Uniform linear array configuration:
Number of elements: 12
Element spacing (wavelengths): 0.25
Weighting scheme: binomial
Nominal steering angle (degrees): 15
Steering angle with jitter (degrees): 16.445
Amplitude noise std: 0.05
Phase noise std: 0.05

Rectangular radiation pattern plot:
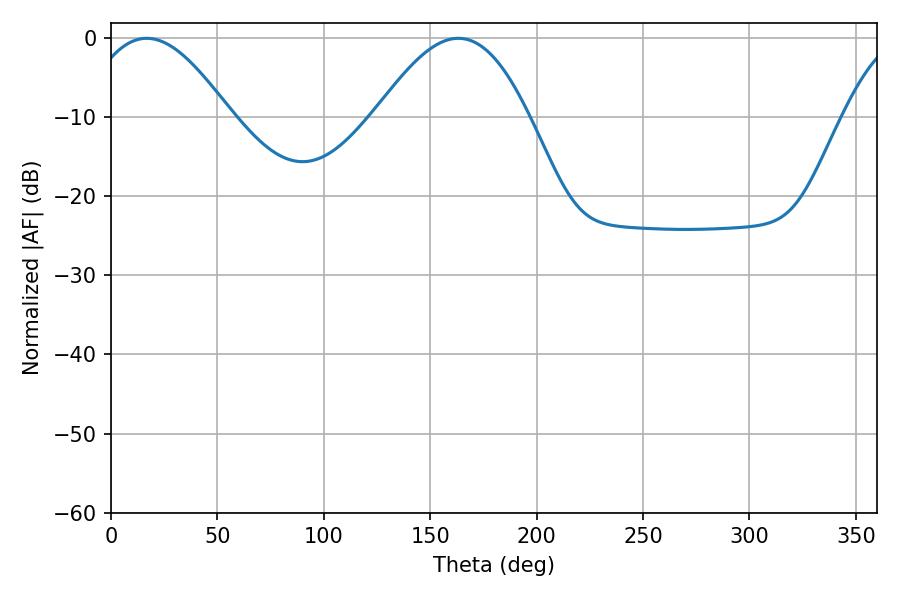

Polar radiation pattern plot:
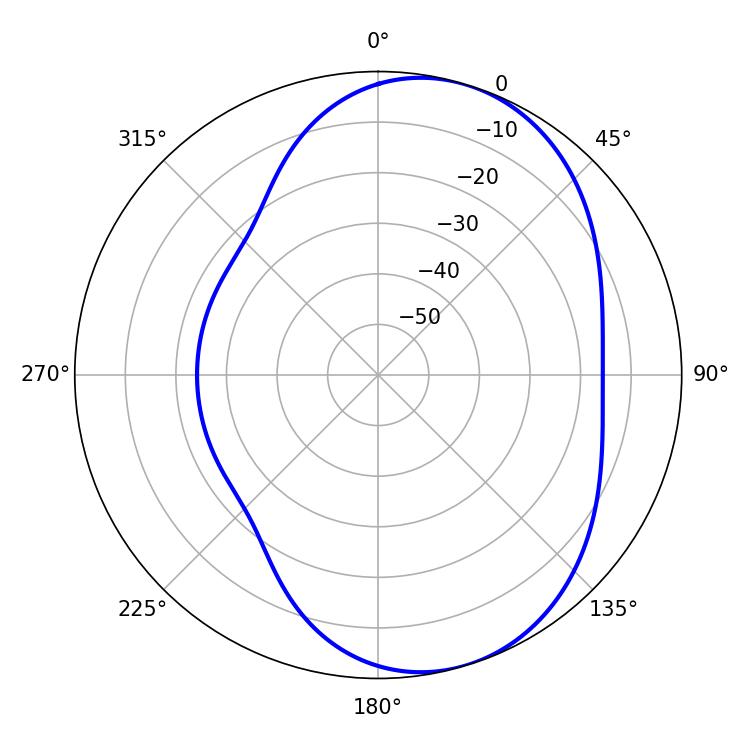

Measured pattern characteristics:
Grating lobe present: FALSE
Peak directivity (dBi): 6.2
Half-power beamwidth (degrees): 37.26
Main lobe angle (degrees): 16.74